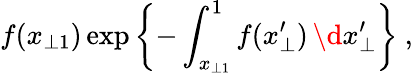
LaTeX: f(x_{\perp 1})\exp\left\{ -\int_{x_{\perp 1}}^{1}f(x_{\perp}^{\prime})\, \d x_{\perp}^{\prime}\right\} ~,